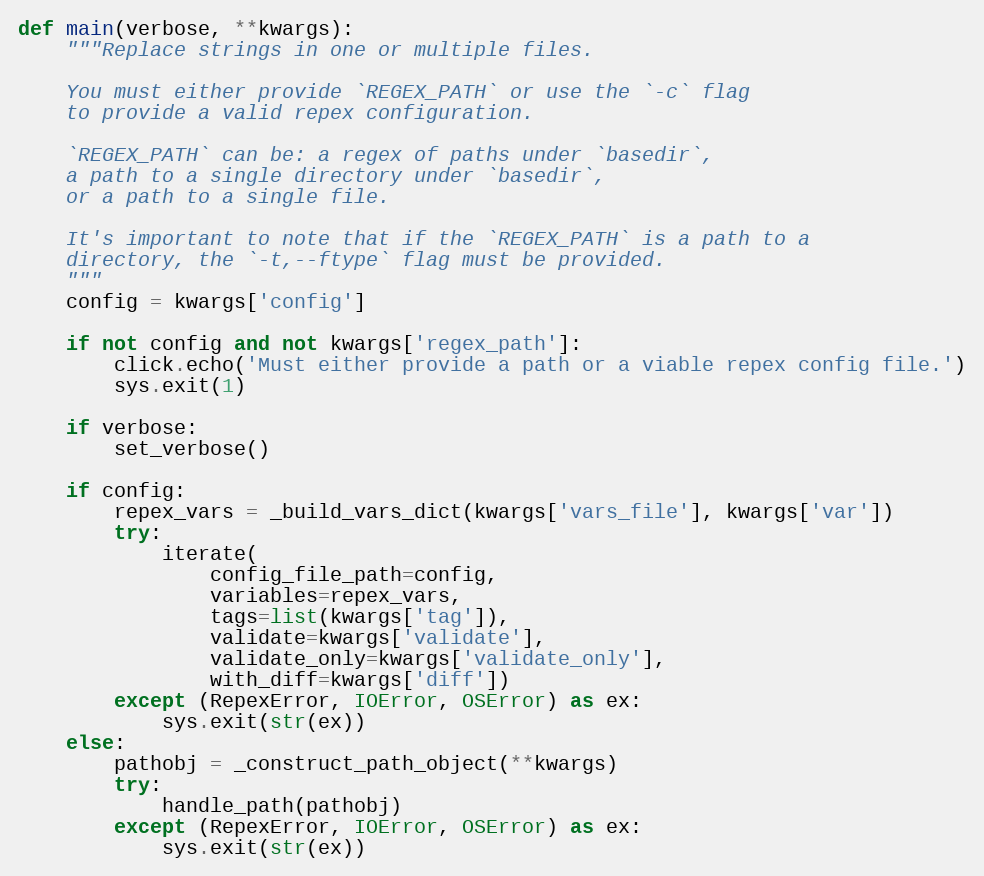
Language: Python
def main(verbose, **kwargs):
    """Replace strings in one or multiple files.

    You must either provide `REGEX_PATH` or use the `-c` flag
    to provide a valid repex configuration.

    `REGEX_PATH` can be: a regex of paths under `basedir`,
    a path to a single directory under `basedir`,
    or a path to a single file.

    It's important to note that if the `REGEX_PATH` is a path to a
    directory, the `-t,--ftype` flag must be provided.
    """
    config = kwargs['config']

    if not config and not kwargs['regex_path']:
        click.echo('Must either provide a path or a viable repex config file.')
        sys.exit(1)

    if verbose:
        set_verbose()

    if config:
        repex_vars = _build_vars_dict(kwargs['vars_file'], kwargs['var'])
        try:
            iterate(
                config_file_path=config,
                variables=repex_vars,
                tags=list(kwargs['tag']),
                validate=kwargs['validate'],
                validate_only=kwargs['validate_only'],
                with_diff=kwargs['diff'])
        except (RepexError, IOError, OSError) as ex:
            sys.exit(str(ex))
    else:
        pathobj = _construct_path_object(**kwargs)
        try:
            handle_path(pathobj)
        except (RepexError, IOError, OSError) as ex:
            sys.exit(str(ex))